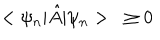
LaTeX: < \psi _ { n } | { \hat { A } } | \psi _ { n } > \geq 0